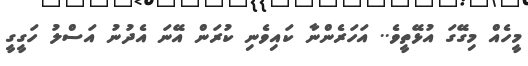
މީހެއް މިގޭގަ އުޅޭތީވެ.. އަހަރެންނާ ކައިވެނި ކުރަން އޭނަ އެދުނު އަސްލު ހަގީގީ